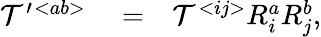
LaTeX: \begin{array}{rlr}{{\cal T}^{\prime}{}^{<ab>}}&{{}=}&{{\cal T}^{<ij>}R_{i}^{a}R_{j}^{b},}\end{array}